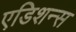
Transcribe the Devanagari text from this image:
एडिशन्स